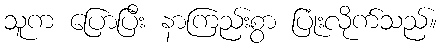
သူက ပြောပြီး နာကြည်းစွာ ပြုံးလိုက်သည်။